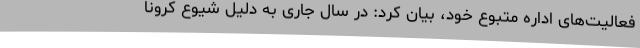
فعالیت‌های اداره متبوع خود، بیان کرد: در سال جاری به دلیل شیوع کرونا